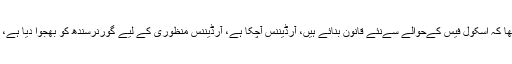
ایڈیشنل ایڈوکیٹ جنرل سندھ کا کہنا تھا کہ اسکول فیس کےحوالے سےنئے قانون بنائے ہیں، آرڈیننس آچکا ہے، آرڈیننس منظوری کے لیے گورنرسندھ کو بھجوا دیا ہے، درخواست اب غیر مؤثر ہوچکی ہے۔